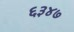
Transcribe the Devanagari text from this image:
६३४७